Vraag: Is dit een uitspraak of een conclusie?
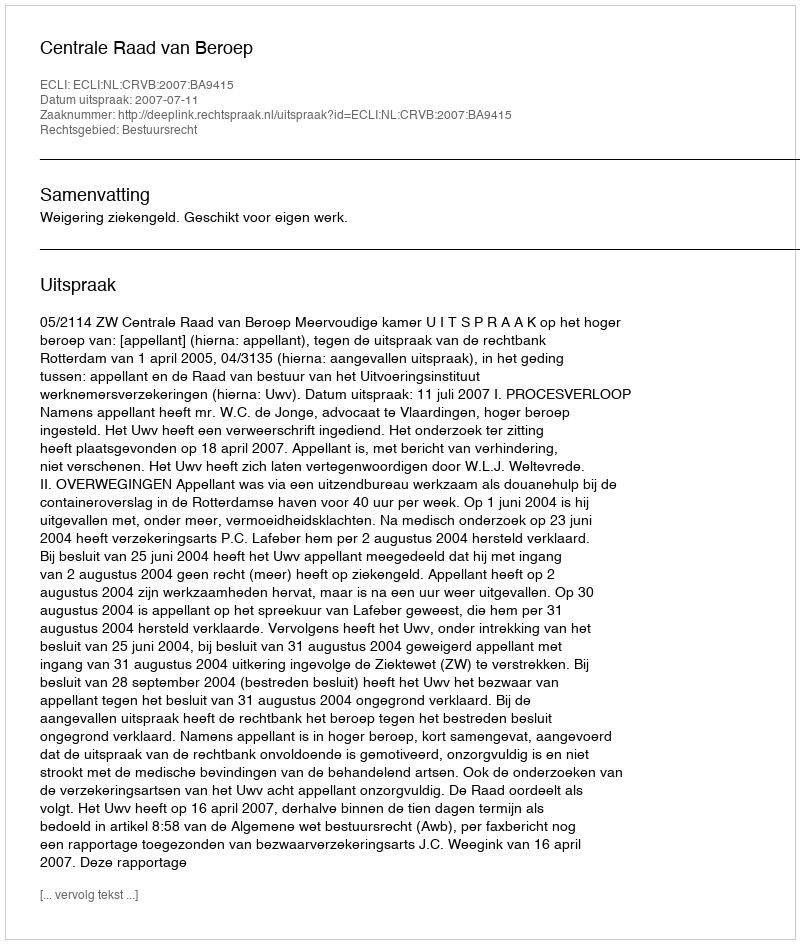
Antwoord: Uitspraak